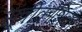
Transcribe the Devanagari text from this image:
सूत्रीकोशिका